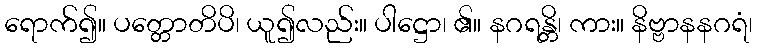
ရောက်၍။ ပတ္တောတိပိ၊ ယူ၍လည်း။ ပါဋ္ဌော၊ ၏။ နဂရန္တိ၊ ကား။ နိဗ္ဗာနနဂရံ၊